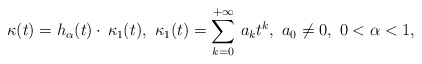
\begin{align*}\kappa(t) = h_{\alpha}(t) \cdot \, \kappa_1(t),\ \kappa_1(t)=\sum_{k=0}^{+\infty}\, a_k t^k, \ a_0 \not = 0,\ 0<\alpha <1,\end{align*}